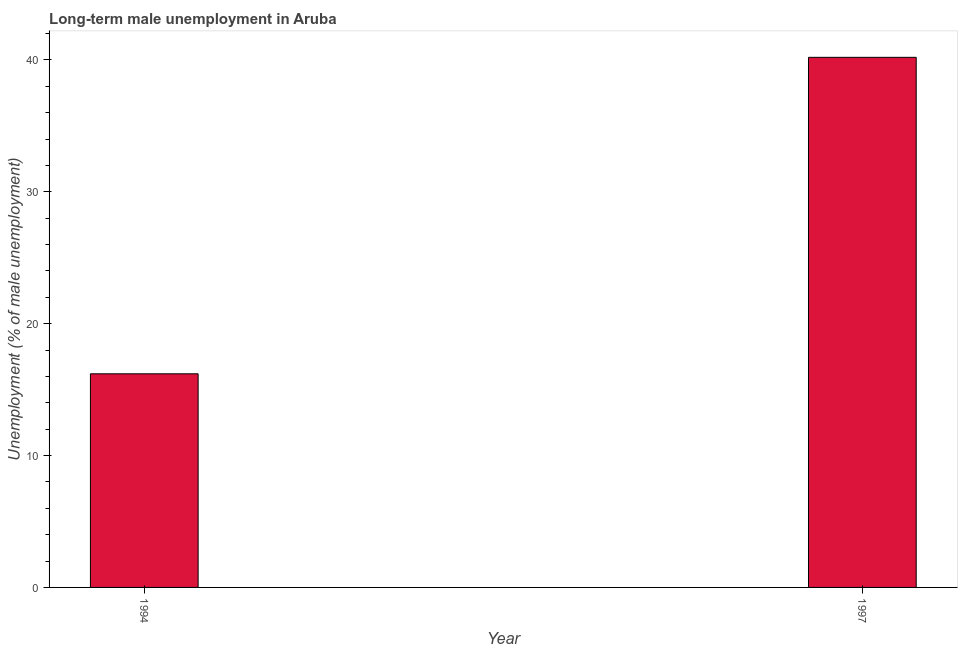
| Year | Long-term unemployment male |
 | --- | --- |
 | 1994 | 16.2 |
 | 1997 | 40.2 |